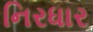
નિરધાર